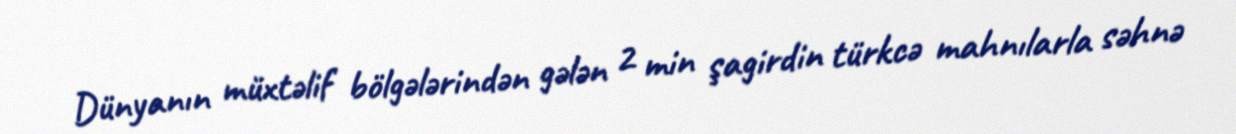
Dünyanın müxtəlif bölgələrindən gələn 2 min şagirdin türkcə mahnılarla səhnə